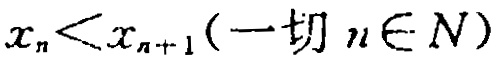
$x_{n}<x_{n + 1}(\text{一切 }n\in N)$